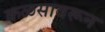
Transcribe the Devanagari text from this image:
कळसावरून